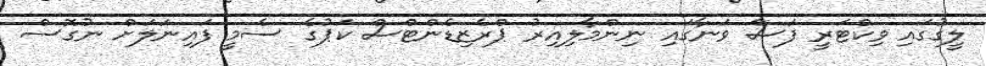
ލީގުގައި ވިކްޓަރީ ފަސް ވަނާގައި ނިންމާލިއިރު ޕްރެޒިޑެންޓްސް ކަޕުގެ ސެމީ ފައިނަލަށް ނުގޮސް